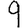
Digit: 9